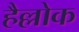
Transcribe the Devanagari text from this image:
हैल्लोक